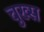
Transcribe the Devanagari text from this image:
चुख्स